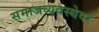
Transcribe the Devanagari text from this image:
समाजव्यवस्थेवर